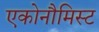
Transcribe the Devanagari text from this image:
एकोनौमिस्ट